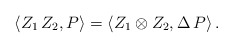
\begin{align*}\langle Z_1 \, Z_2 , P \rangle = \langle Z_1 \otimes Z_2 , \Delta \, P \rangle \, . \end{align*}